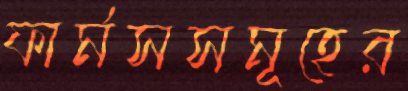
ফার্মসসমূহের